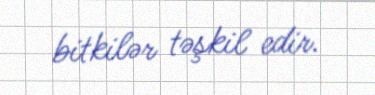
bitkilər təşkil edir.